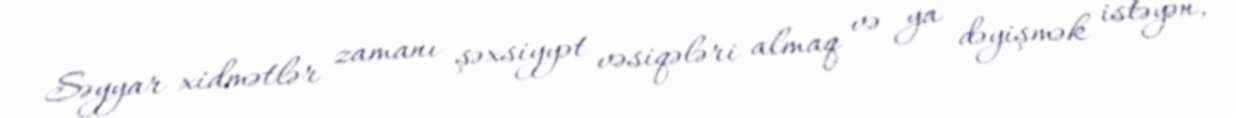
Səyyar xidmətlər zamanı şəxsiyyət vəsiqələri almaq və ya dəyişmək istəyən,